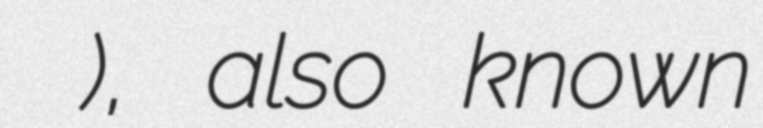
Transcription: جعفر النعماني), also known